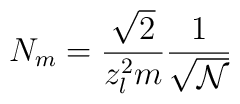
N_{m}=\frac{\sqrt{2}}{z_{l}^{2}m}\frac{1}{\sqrt{\mathcal {N}}}